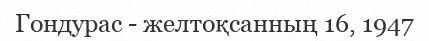
Гондурас - желтоқсанның 16, 1947